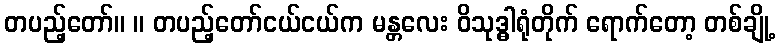
တပည့်တော်။ ။ တပည့်တော်ငယ်ငယ်က မန္တလေး ဝိသုဒ္ဓါရုံတိုက် ရောက်တော့ တစ်ချို့